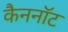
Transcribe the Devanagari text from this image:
कैननॉट